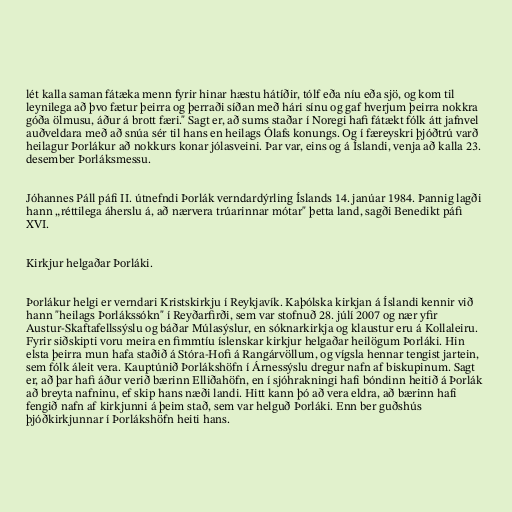
lét kalla saman fátæka menn fyrir hinar hæstu hátíðir, tólf eða níu eða sjö, og kom til
leynilega að þvo fætur þeirra og þerraði síðan með hári sínu og gaf hverjum þeirra nokkra
góða ölmusu, áður á brott færi." Sagt er, að sums staðar í Noregi hafi fátækt fólk átt jafnvel
auðveldara með að snúa sér til hans en heilags Ólafs konungs. Og í færeyskri þjóðtrú varð
heilagur Þorlákur að nokkurs konar jólasveini. Þar var, eins og á Íslandi, venja að kalla 23.
desember Þorláksmessu.

Jóhannes Páll páfi II. útnefndi Þorlák verndardýrling Íslands 14. janúar 1984. Þannig lagði
hann „réttilega áherslu á, að nærvera trúarinnar mótar" þetta land, sagði Benedikt páfi
XVI.

Kirkjur helgaðar Þorláki.

Þorlákur helgi er verndari Kristskirkju í Reykjavík. Kaþólska kirkjan á Íslandi kennir við
hann "heilags Þorlákssókn" í Reyðarfirði, sem var stofnuð 28. júlí 2007 og nær yfir
Austur-Skaftafellssýslu og báðar Múlasýslur, en sóknarkirkja og klaustur eru á Kollaleiru.
Fyrir siðskipti voru meira en fimmtíu íslenskar kirkjur helgaðar heilögum Þorláki. Hin
elsta þeirra mun hafa staðið á Stóra-Hofi á Rangárvöllum, og vígsla hennar tengist jartein,
sem fólk áleit vera. Kauptúnið Þorlákshöfn í Árnessýslu dregur nafn af biskupinum. Sagt
er, að þar hafi áður verið bærinn Elliðahöfn, en í sjóhrakningi hafi bóndinn heitið á Þorlák
að breyta nafninu, ef skip hans næði landi. Hitt kann þó að vera eldra, að bærinn hafi
fengið nafn af kirkjunni á þeim stað, sem var helguð Þorláki. Enn ber guðshús
þjóðkirkjunnar í Þorlákshöfn heiti hans.